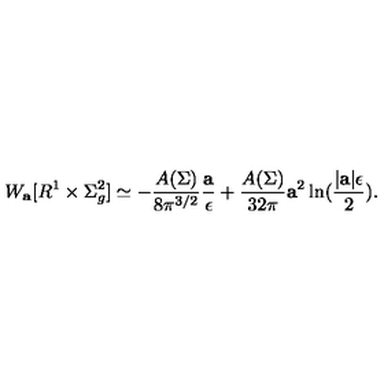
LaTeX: W _ { \bf a } [ R ^ { 1 } \times \Sigma _ { g } ^ { 2 } ] \simeq - { \frac { A ( \Sigma ) } { 8 \pi ^ { 3 / 2 } } } { \frac { \bf a } { \epsilon } } + { \frac { A ( \Sigma ) } { 3 2 \pi } } { \bf a } ^ { 2 } \ln ( { \frac { | { \bf a } | \epsilon } { 2 } } ) .